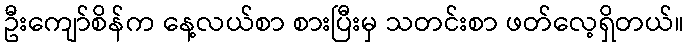
ဦးကျော်စိန်က နေ့လယ်စာ စားပြီးမှ သတင်းစာ ဖတ်လေ့ရှိတယ်။